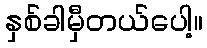
နှစ်ခါမှီတယ်ပေါ့။